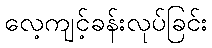
လေ့ကျင့်ခန်းလုပ်ခြင်း